Vaccination Hyderabad 1872-1889 - 1872-1889
Year: 1872
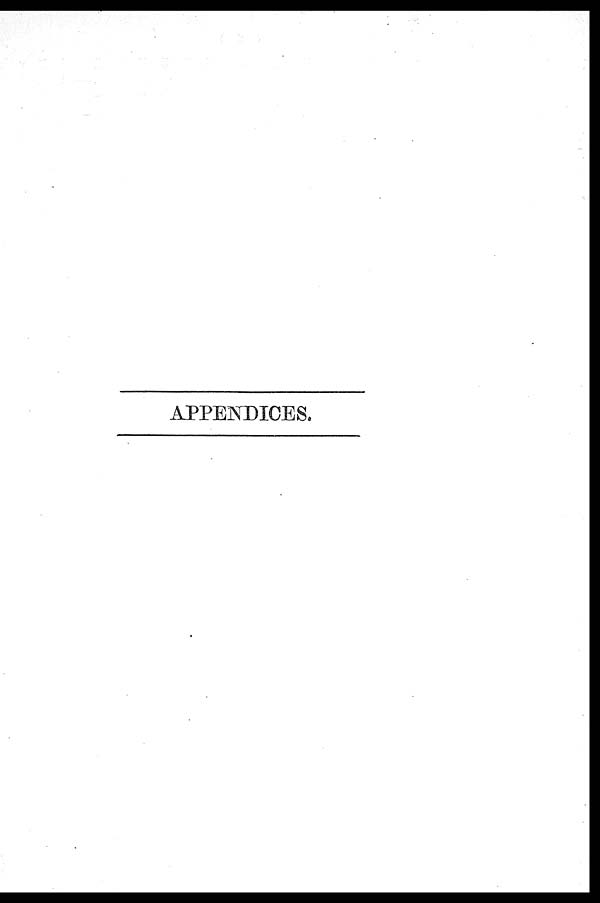
APPENDICES.